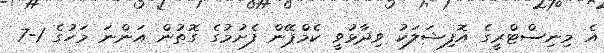
އެ މިނިސްޓްރީގެ އޮފިޝަލަކު ވިދާޅުވީ ކެމްޕޭން ފެށުމުގެ ގޮތުން އަންނަ މަހުގެ 1-7